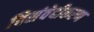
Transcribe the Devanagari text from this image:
विसंवेदीकरण